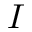
I